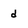
Character: d